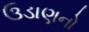
ઉડાણનો